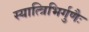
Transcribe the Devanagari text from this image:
स्यात्त्रिभिर्गुणैः